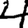
Digit: 4